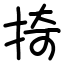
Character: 掎